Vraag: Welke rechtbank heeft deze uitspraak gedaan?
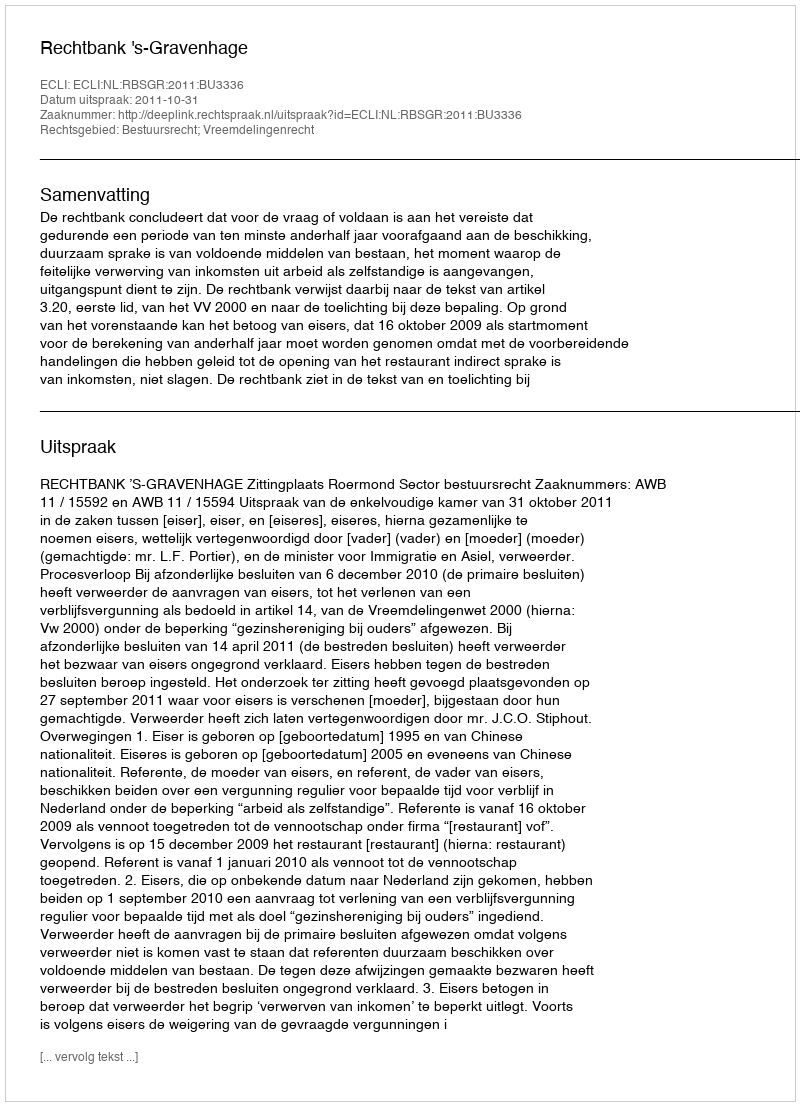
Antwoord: Rechtbank 's-Gravenhage